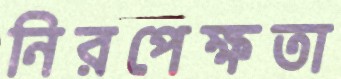
নিরপেক্ষতা